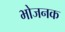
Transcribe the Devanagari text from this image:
भोजनक